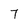
Character: 7